Scottish Leaving Certificate Examination, 1955
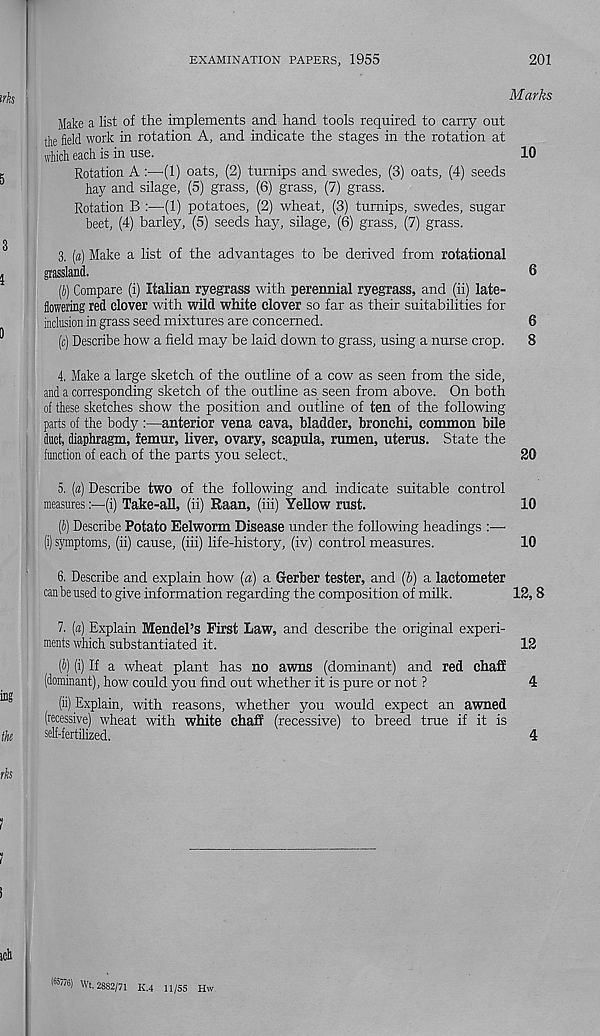
EXAMINATION PAPERS, 1955
201
Marks
Make a list of the implements and hand tools required to carry out
the field work in rotation A, and indicate the stages in the rotation at
which each is in use.
10
Rotation A :—(1) oats, (2) turnips and swedes, (3) oats, (4) seeds
hay and silage, (5) grass, (6) grass, (7) grass.
Rotation B :—■ (!) potatoes, (2) wheat, (3) turnips, swedes, sugar
beet, (4) barley, (5) seeds hay, silage, (6) grass, (7) grass.
3. («) Make a list of the advantages to be derived from rotational
grassland.
6
(J) Compare (i) Italian ryegrass with perennial ryegrass, and (ii) late-
flowering red clover with wild white clover so far as their suitabilities for
inclusion in grass seed mixtures are concerned.
6
(c) Describe how a field may be laid down to grass, using a nurse crop. 8
4. Make a large sketch of the outline of a cow as seen from the side,
and a conesponding sketch of the outline as seen from above. On both
of these sketches show the position and outline of ten of the following
parts of the body :—anterior vena cava, bladder, bronchi, common bile
duct, diaphragm, femur, liver, ovary, scapula, rumen, uterus. State the
function of each of the parts you select..
20
5. [a] Describe two of the following and indicate suitable control
measures(i) Take-all, (ii) Raan, (iii) Yellow rust.
10
(b) Describe Potato Eelworm Disease under the following headings :—-
(i) symptoms, (ii) cause, (iii) life-history, (iv) control measures.
10
6. Describe and explain how (a) a Gerber tester, and (b) a lactometer
can be used to give information regarding the composition of milk.
12, 8
7. (a) Explain Mendel’s First Law, and describe the original experi-
ments which substantiated it.
12
(b) (i) If a wheat plant has no awns (dominant) and red chaff
(dominant), how could you find out whether it is pure or not ?
4
(ii) Explain, with reasons, whether you would expect an awned
(recessive) wheat with white chaff (recessive) to breed true if it is
self-fertilized.
4
(65776) Wt. 2882/71 K.4 11/55 Hw.